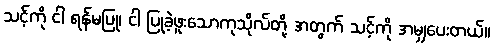
သင့်ကို ငါ ရန်မပြု၊ ငါ ပြုခဲ့ဖူးသောကုသိုလ်တို့ အတွက် သင့်ကို အမျှပေးတယ်။